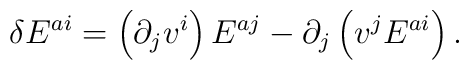
\delta E^{a i} =  \left(    \partial_j v^i  \right) E^{a j} - \partial_j  \left(    v^j E^{a i}  \right).